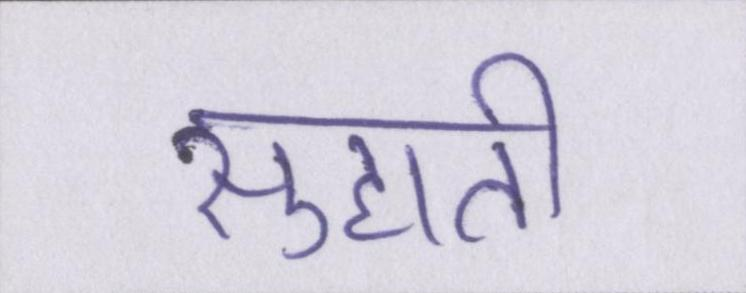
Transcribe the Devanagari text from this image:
सुहाती